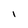
Character: i